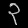
Digit: ၃